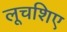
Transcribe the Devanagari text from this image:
लूचशिए